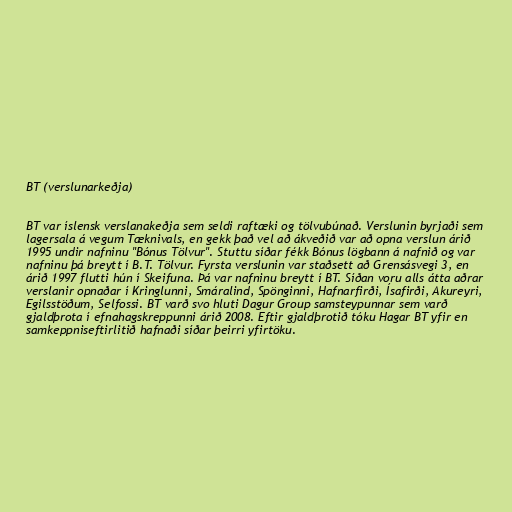
BT (verslunarkeðja)

BT var íslensk verslanakeðja sem seldi raftæki og tölvubúnað. Verslunin byrjaði sem
lagersala á vegum Tæknivals, en gekk það vel að ákveðið var að opna verslun árið
1995 undir nafninu "Bónus Tölvur". Stuttu síðar fékk Bónus lögbann á nafnið og var
nafninu þá breytt í B.T. Tölvur. Fyrsta verslunin var staðsett að Grensásvegi 3, en
árið 1997 flutti hún í Skeifuna. Þá var nafninu breytt í BT. Síðan voru alls átta aðrar
verslanir opnaðar í Kringlunni, Smáralind, Spönginni, Hafnarfirði, Ísafirði, Akureyri,
Egilsstöðum, Selfossi. BT varð svo hluti Dagur Group samsteypunnar sem varð
gjaldþrota í efnahagskreppunni árið 2008. Eftir gjaldþrotið tóku Hagar BT yfir en
samkeppniseftirlitið hafnaði síðar þeirri yfirtöku.